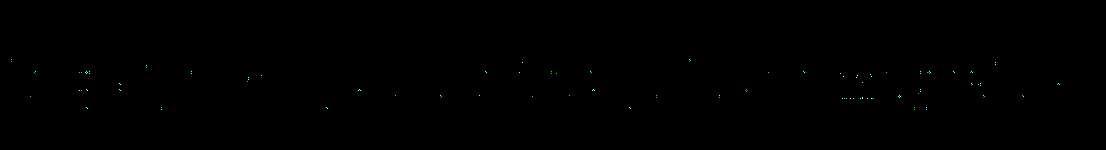
la gatjálvis jus sjaddá julevsámegielak